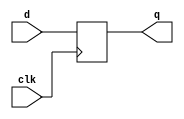
module reg_19bit (clk, d, q);
input clk;
input [18:0] d;
output [18:0] q;

reg [18:0] q;

always @(posedge clk)
q <= d;

endmodule